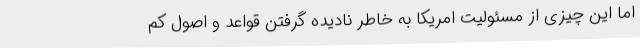
اما این چیزی از مسئولیت امریکا به خاطر نادیده گرفتن قواعد و اصول کم